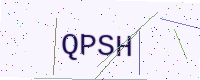
Text: QPSH